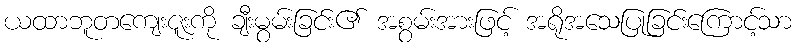
ယထာဘူတကျေးဇူးကို ချီးမွမ်းခြင်း၏ အစွမ်းအားဖြင့် အရိုအသေပြုခြင်းကြောင့်သာ